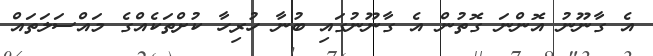
އެ ގާނޫނު އޮންނަ ގޮތުން އެ ގާނޫނުގައި ބުނާ ހުރިހާ ކުށްތަކެއްގެ މައްސަލަތައް